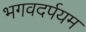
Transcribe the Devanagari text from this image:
भगवदर्पयम